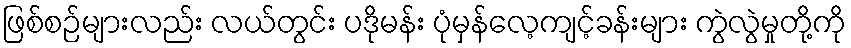
ဖြစ်စဉ်များလည်း လယ်တွင်း ပဒိုမန်း ပုံမှန်လေ့ကျင့်ခန်းများ ကွဲလွဲမှုတို့ကို